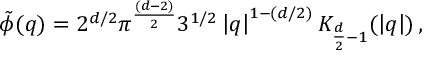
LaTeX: \tilde { \phi } ( q ) = 2 ^ { d / 2 } \pi ^ { \frac { ( d - 2 ) } { 2 } } 3 ^ { 1 / 2 } \left| q \right| ^ { 1 - ( d / 2 ) } K _ { \frac { d } { 2 } - 1 } ( \left| q \right| ) \, ,